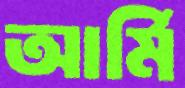
আর্মি